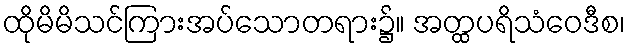
ထိုမိမိသင်ကြားအပ်သောတရား၌။ အတ္ထပရိသံဝေဒီစ၊